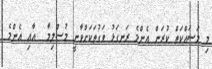
މި މަސައްކަތް ކުރަން އެންމެ ރަނގަޅު ވަގުތަކަށްވާނީ މުސްލިމާ  އާއި އެންމެ